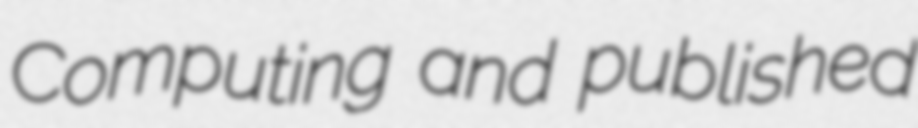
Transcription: Computing and published